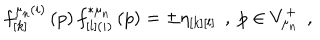
f _ { \left[ k \right] } ^ { \mu _ { n } ( i ) } \left( p \right) f _ { \left[ l \right] ( i ) } ^ { * \mu _ { n } } \left( p \right) = \pm \eta _ { \left[ k \right] \left[ l \right] } \; \, , \; p \in V _ { \mu _ { n } } ^ { + } \; \, ,